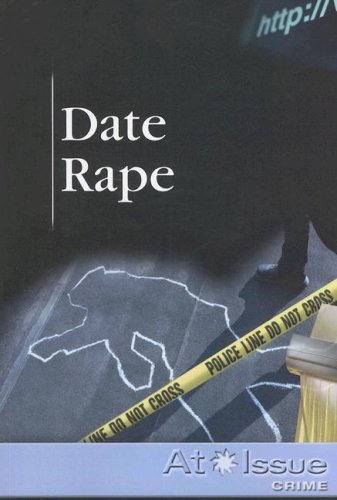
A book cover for Date Rape (At Issue); Christine Watkins; Teen & Young Adult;